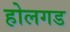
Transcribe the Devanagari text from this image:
होलगड